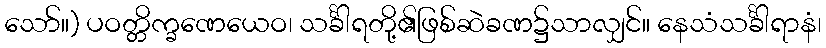
သော်။) ပဝတ္တိက္ခဏေယေဝ၊ သင်္ခါရတို့၏ဖြစ်ဆဲခဏ၌သာလျှင်။ နေသံသင်္ခါရာနံ၊